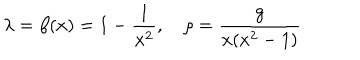
\lambda = \beta ( x ) = 1 - { \frac { 1 } { x ^ { 2 } } } , \quad \rho = { \frac { g } { x ( x ^ { 2 } - 1 ) } }